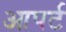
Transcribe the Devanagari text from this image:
आपर्ट